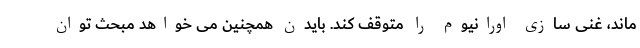
ماند، غنی سازی اورانیوم را متوقف کند. بایدن همچنین می خواهد مبحث توان